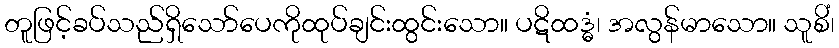
တူဖြင့်ခပ်သည်ရှိသော်ပေကိုထုပ်ချင်းထွင်းသော။ ပဋိထဒ္ဓံ၊ အလွန်မာသော။ သူစိံ၊